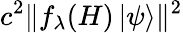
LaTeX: c^{2}\| f_{\lambda}(H)\left|\psi\right\rangle\| ^{2}